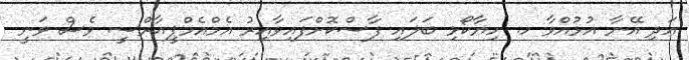
އަދި އޭނާ އުޅުއްވާ ހ. ހިޔާކޯޅި ބަލައި ފާސްކޮށްފައިވާއިރު އެމްއެމްޕީއާރްސީ ވެސް ވަނީ